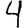
Digit: 4